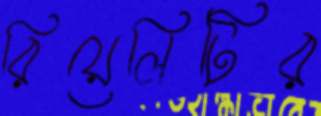
রিয়েলিটির